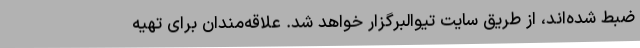
ضبط شده‌اند، از طریق سایت تیوالبرگزار خواهد شد. علاقه‌مندان برای تهیه